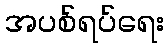
အပစ်ရပ်ရေး